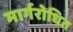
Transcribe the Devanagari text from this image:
मार्गरोधित